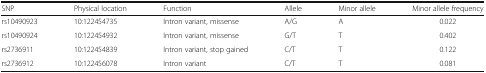
| SNP | Physical location | Function | Allele | Minor allele | Minor allele frequency |
 | --- | --- | --- | --- | --- | --- |
 | rs10490923 | 10:122454735 | Intron variant, missense | A/G | A | 0.022 |
 | rs10490924 | 10:122454932 | Intron variant, missense | G/T | T | 0.402 |
 | rs2736911 | 10:122454839 | Intron variant, stop gained | C/T | T | 0.122 |
 | rs2736912 | 10:122456078 | Intron variant | C/T | T | 0.081 |